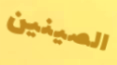
الصينين